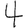
Digit: 4